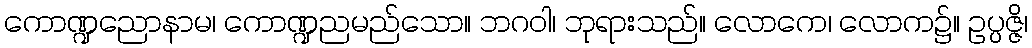
ကောဏ္ဍညောနာမ၊ ကောဏ္ဍညမည်သော။ ဘဂဝါ၊ ဘုရားသည်။ လောကေ၊ လောက၌။ ဥပ္ပဇ္ဇိ၊